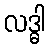
လဒ္ဓါ